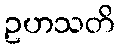
ဥဟသတိ